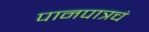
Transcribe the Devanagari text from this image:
पानपात्रचं